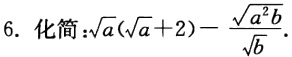
6. 化简：\(\sqrt{a}(\sqrt{a} + 2)-\frac{\sqrt{a^{2}b}}{\sqrt{b}}\)